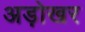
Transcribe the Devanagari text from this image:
अड़ोखर